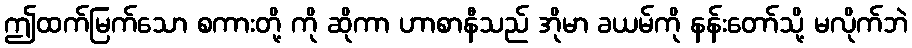
ဤထက်မြက်သော စကားတို့ ကို ဆိုကာ ဟာစာနီသည် အိုမာ ခယမ်ကို နန်းတော်သို့ မလိုက်ဘဲ